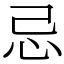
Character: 忌